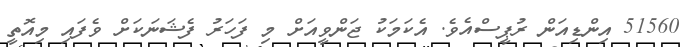
51560 އިންޑިއަން ރުޕީސްއެވެ. އެކަމަކު ޖަންވީއަށް މި ފަހަރު ފެޝަނަކަށް ވެފައި މިއޮތީ